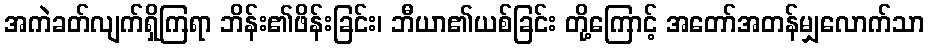
အကဲခတ်လျက်ရှိကြရာ ဘိန်း၏ဖိန်းခြင်း၊ ဘီယာ၏ယစ်ခြင်း တို့ကြောင့် အတော်အတန်မျှလောက်သာ